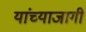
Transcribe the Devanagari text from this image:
यांच्याजागी